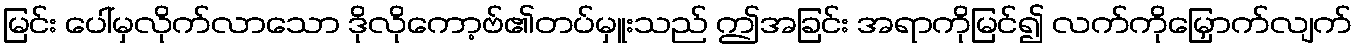
မြင်း ပေါ်မှလိုက်လာသော ဒိုလိုကော့ဗ်၏တပ်မှူးသည် ဤအခြင်း အရာကိုမြင်၍ လက်ကိုမြှောက်လျက်